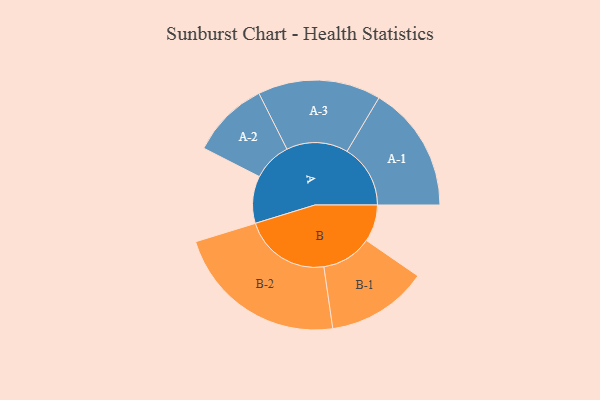
{"axis": {"x": "Segment", "y": "Value"}, "legend": ["", "A", "B"], "data": [{"x": "A", "y": 129, "type": ""}, {"x": "B", "y": 101, "type": ""}, {"x": "A-1", "y": 173, "type": "A"}, {"x": "A-2", "y": 106, "type": "A"}, {"x": "A-3", "y": 168, "type": "A"}, {"x": "B-1", "y": 138, "type": "B"}, {"x": "B-2", "y": 237, "type": "B"}]}